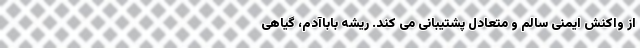
از واکنش ایمنی سالم و متعادل پشتیبانی می کند. ریشه باباآدم، گیاهی